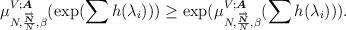
LaTeX: \begin{align*}\begin{aligned}\mu_{N, \frac{\overrightarrow{\boldsymbol{N}}}{N}, \beta}^{V;\boldsymbol{A}}(\exp(\sum h(\lambda_i)))\geq \exp(\mu_{N, \frac{\overrightarrow{\boldsymbol{N}}}{N}, \beta}^{V;\boldsymbol{A}}(\sum h(\lambda_{i}))).\end{aligned}\end{align*}